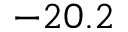
- 2 0 . 2